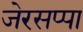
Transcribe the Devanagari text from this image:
जेरसप्पा